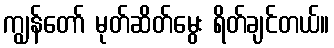
ကျွန်တော် မုတ်ဆိတ်မွေး ရိတ်ချင်တယ်။